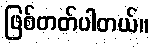
ဖြစ်တတ်ပါတယ်။